Vaccination in the Punjab 1883-1896 - 1883-1896
Year: 1883
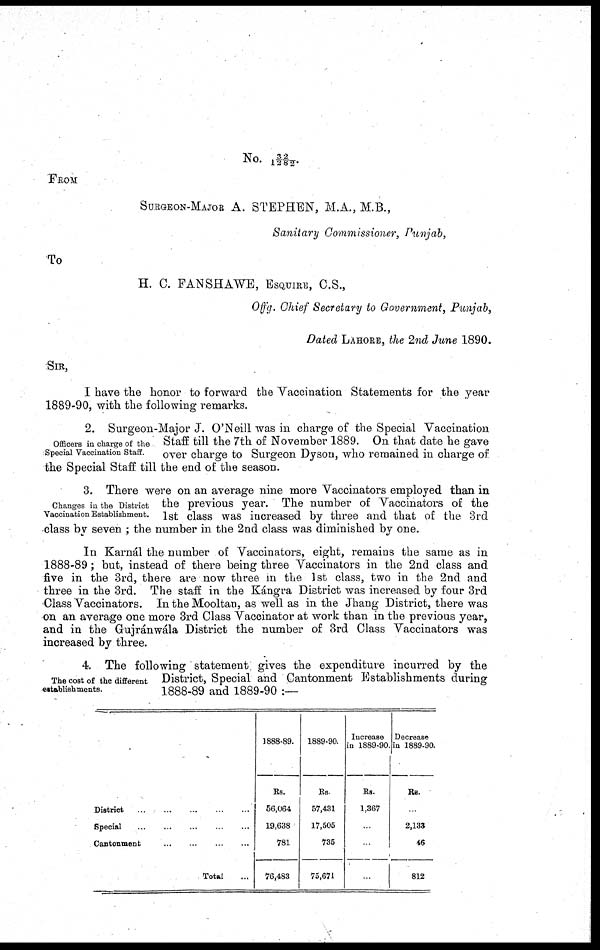
No.
32/1282.
FROM
SURGEON-MAJOR A. STEPHEN, M.A., M.B.,
Sanitary Commissioner, Punjab,
To
H. C. FANSHAWE, ESQUIRE, C.S.,
Offg. Chief Secretary to Government, Punjab,
Dated LAHORE, the 2nd June 1890.
SIR,
I have the honor to forward the Vaccination Statements for the year
1889-90, with the following remarks.
Officers in charge of the
Special Vaccination Staff.
2. Surgeon-Major J. O'Neill was in charge of the Special Vaccination
Staff till the 7th of November 1889. On that date he gave
over charge to Surgeon Dyson, who remained in charge of
the Special Staff till the end of the season.
Changes in the District
Vaccination Establishment.
3. There were on an average nine more Vaccinators employed than in
the previous year. The number of Vaccinators of the
1st class was increased by three and that of the 3rd
class by seven ; the number in the 2nd class was diminished by one.
In Karnál the number of Vaccinators, eight, remains the same as in
1888-89 ; but, instead of there being three Vaccinators in the 2nd class and
five in the 3rd, there are now three in the 1st class, two in the 2nd and
three in the 3rd. The staff in the Kángra District was increased by four 3rd
Class Vaccinators. In the Mooltan, as well as in the Jhang District, there was
on an average one more 3rd Class Vaccinator at work than in the previous year,
and in the Grujránwála District the number of 3rd Class Vaccinators was
increased by three.
The cost of the different
establishments.
4. The following statement gives the expenditure incurred by the
District, Special and Cantonment Establishments during
1888-89 and 1889-90 :—
District
...
...
...
...
...
Special
...
...
...
...
Cantonment
...
...
...
...
Total ...
1888-89.
Rs.
56,064
19,638
781
76,483
1889-90.
Rs.
57,431
17,505
735
75,671
Increase
in 1889-90
Rs.
1,367
..
..
..
Decrease
in 1889-90
Rs.
..
2,133
46
812